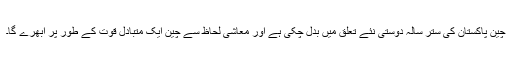
چین پاکستان کی ستر سالہ دوستی نئے تعلق میں بدل چکی ہے اور معاشی لحاظ سے چین ایک متبادل قوت کے طور پر ابھرے گا۔